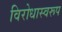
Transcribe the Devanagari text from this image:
विरोधास्वरूप